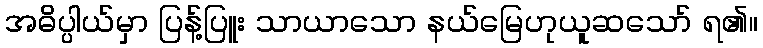
အဓိပ္ပါယ်မှာ ပြန့်ပြူး သာယာသော နယ်မြေဟုယူဆသော် ရ၏။